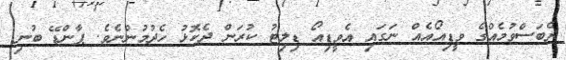
ދެބަސްވުމެއްގެ ވީޑިއޯއެއް ނަގައި އެވީޑިއޯ ޑިލިޓު ކުރަން ދެކޮޅު ހެދުމުންނެވެ. ޕާންޑޭ ބުނި